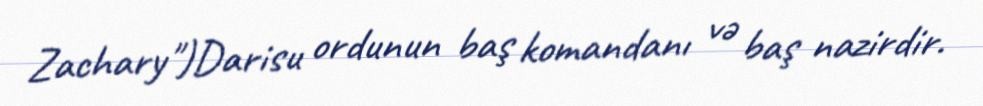
Zachary")Darisu ordunun baş komandanı və baş nazirdir.